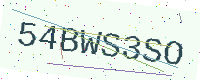
Text: 54BWS3SO